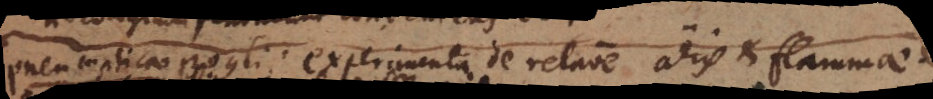
Pneumatica Boylii experimenta de relatione aeris et flammae.